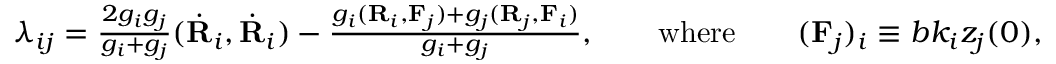
\begin{array} { r } { \lambda _ { i j } = \frac { 2 g _ { i } g _ { j } } { g _ { i } + g _ { j } } ( \dot { \bf R } _ { i } , \dot { \bf R } _ { i } ) - \frac { g _ { i } ( { \bf R } _ { i } , { \bf F } _ { j } ) + g _ { j } ( { \bf R } _ { j } , { \bf F } _ { i } ) } { g _ { i } + g _ { j } } , \qquad \mathrm { w h e r e } \qquad ( { \bf F } _ { j } ) _ { i } \equiv b k _ { i } z _ { j } ( 0 ) , } \end{array}